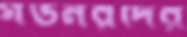
গভর্নরদের